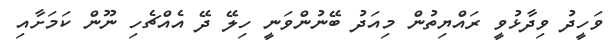
ވަހީދު ވިދާޅުވީ ރައްޔިތުން މިއަދު ބޭނުންވަނީ ހިލޭ ދޭ އެއްޗެހި ނޫން ކަމަށާއި